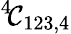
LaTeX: ^{4}\! {\cal C}_{123,4}